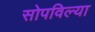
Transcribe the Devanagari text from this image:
सोपविल्या